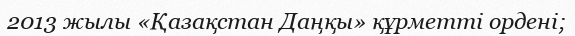
2013 жылы «Қазақстан Даңқы» құрметті ордені;